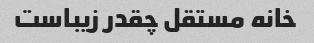
خانه مستقل چقدر زیباست